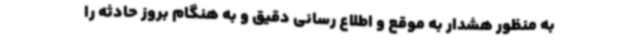
به منظور هشدار به موقع و اطلاع رسانی دقیق و به هنگام بروز حادثه را